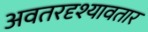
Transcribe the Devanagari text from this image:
अवतरदृश्यावतार